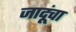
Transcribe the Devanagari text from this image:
जादूंचा